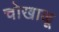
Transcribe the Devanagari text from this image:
चोखाळू